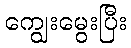
ကျွေးမွေးပြီး